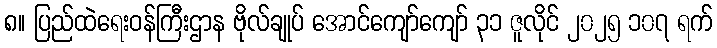
၈။ ပြည်ထဲရေးဝန်ကြီးဌာန ဗိုလ်ချုပ် အောင်ကျော်ကျော် ၃၁ ဇူလိုင် ၂၀၂၅ ၁၀၇ ရက်